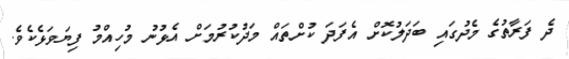
ދެ ފަރާތުގެ މެދުގައި ބަދަލުކޮށް އެފަދަ ކުށްތައް މަދުކުރުމަށް އެޅުނު މުހިއްމު ފިޔަވަޅެކެވެ.